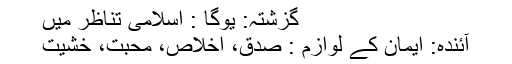
گزشتہ: یوگا : اسلامی تناظر میں
آئندہ: ایمان کے لوازم : صدق، اخلاص، محبت، خشیت